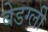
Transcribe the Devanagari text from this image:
बेडग्ली